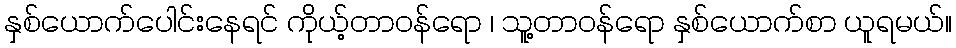
နှစ်ယောက်ပေါင်းနေရင် ကိုယ့်တာဝန်ရော ၊ သူ့တာဝန်ရော နှစ်ယောက်စာ ယူရမယ်။